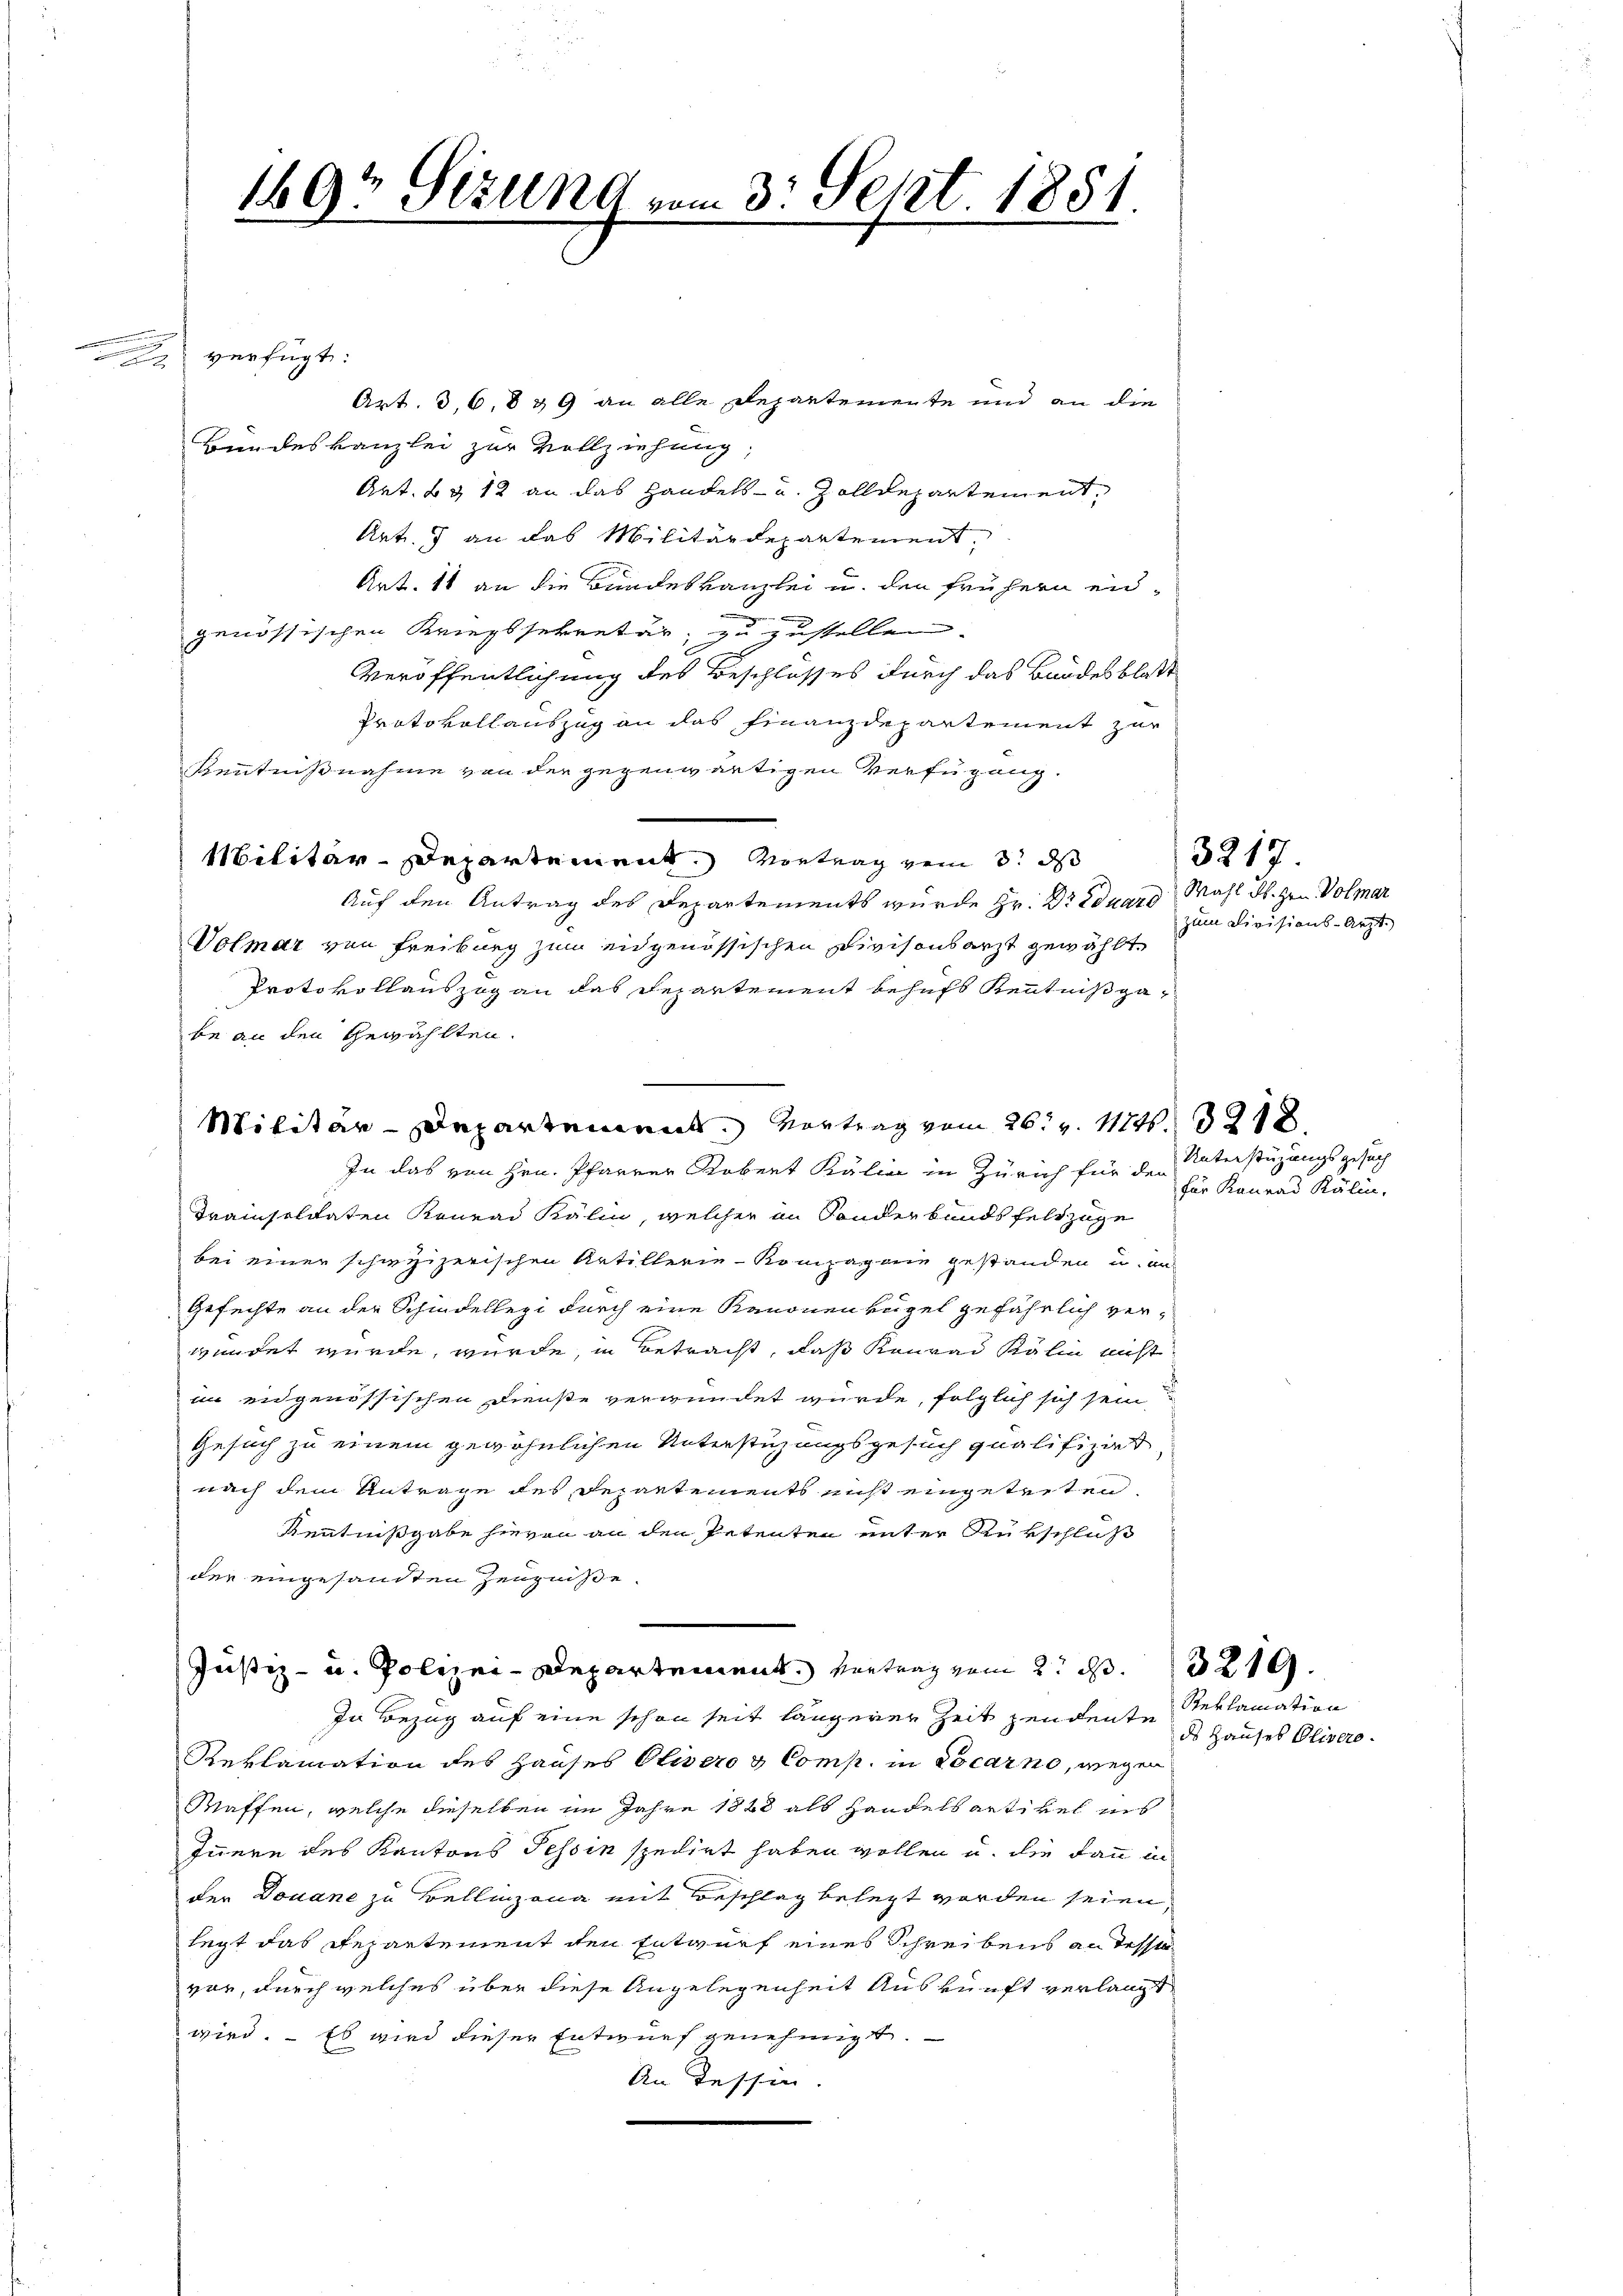
.

1697 Sizung vom 3. Sept 1881

verfügt:
Art. 3, 6, 8 & 9 an alle Departemente und an die
Bundeskanzlei zur Vollziehung,
Art. B & 12 an das Handels- und Zolldepartement,
Art. 3 an das Militärdepartement,
Art. 11 an die Bundeskanzlei u. den frühern eidgenössischen Kriegssekretär, zu zustellen.
Veröffentlichung des Beschlosses durch das Bundesblatt
Protokollauszug an das Finanzdepartement zur
Kenntnißnahme von der gegenwärtigen Verfügung.
Militär-Departement. Vortrag vom 3. ds
Auf den Antrag des Departements wurde Hr. Dr Eduard Mahl ds. zen Volmar
Volmar von Freiburg zum eidgenössischen Divisonsarzt gewählt,
Protokollauszug an das Repartement behufs Kenntnißgabe an den Gewählten.
In das von Hrn. Pfarrer Kobert Kälin in Zürich für den
Krainschiaten Konrad Kälin, welcher an Sonderbandsfeldzüge
bei einer schweizerischen Artillerie- Kompagnie gestanden u. an¬
Gefechte an der Schiedellezi durch eine Kanonenkugel gefährlich verwundet wurde, wurde, in Betracht, daß Konrad Kälin nicht
im eidgenössischen Dienste verwundet wurde, folglich sich sein
Gesuch zu einem gewöhnlichen Unterstüzungsgesuch qualifiziert,
nach dem Antrage des Departements nicht eingetreten,
Kenntnißgabe hievon an den Petenten unter Rükschluß
der eingesandten Zeugniße.
Justiz- u. Polizei-Departement. Vortrag vom 2. d. 219.
In Bezug auf eine schon seit längerer Zeit pendente
Reklamation des Hauses Olivero & Comp. in Locarno, wegen
Kaffen, welche dieselben im Jahre 1848 als Handelsartikel ins
Innern des Kantons Tessin spedirt haben wollen u. die dann in
der Douane zu Bellinzona mit Beschlag belegt worden seien,
legt das Repartement den Entwurf eines Schreibens an desst
vor, durch welches über diese Angelegenheit Auskunft verlangt
wird. – Es wird dieser Entwurf genehmigt.
An Tessin.

Militär-Departement. Vortrag vom 26. v. 11246. 321

zum Divisions-Arzt.

3217

Unterstüzungsgesuch
für Konrad Kälin.

Reklamation
ds Hauses Olivero